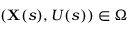
( \mathbf { X } ( s ) , U ( s ) ) \in \Omega